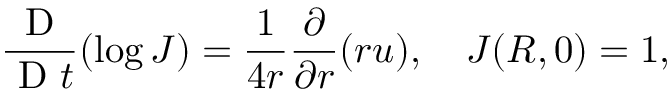
\frac { \mathrm { ~ D ~ } } { \mathrm { ~ D ~ } t } ( \log { J } ) = \frac { 1 } { 4 r } \frac { \partial } { \partial r } ( r u ) , \quad J ( R , 0 ) = 1 ,